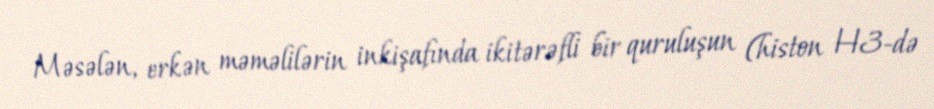
Məsələn, erkən məməlilərin inkişafında ikitərəfli bir quruluşun (histon H3-də